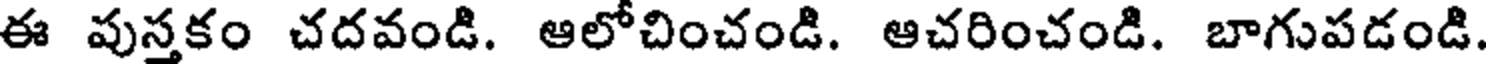
ఈ పుస్తకం చదవండి. ఆలోచించండి. ఆచరించండి. బాగుపడండి